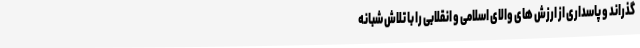
گذراند و پاسداری از ارزش های والای اسلامی و انقلابی را با تلاش شبانه